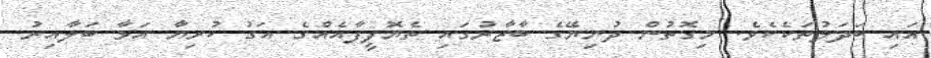
އައި ބަދަލުތަކެކެވެ. މިގޮތުން ދުނިޔޭގެ ބާޒާރުގައި ތެޔޮފީފާއެއްގެ އަގު ކުރިޔާ އަޅާ ބަލާއިރު